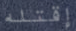
إقتله